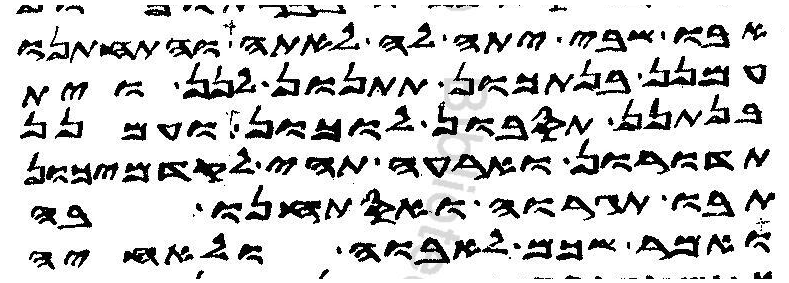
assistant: אבו שבי יתה לה לאתה והתחתנו
עמנן בנתכון תתנון לנן וית
בנתנן תסבון לוכון ועמנן
תדורון וארעה תהי לקדמיכון
תבו תגרוה ואסתחנו בה
ואמר שכם לאבוה ולאחיה